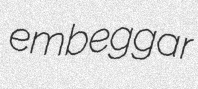
embeggar